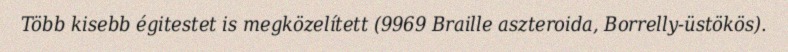
Több kisebb égitestet is megközelített (9969 Braille aszteroida, Borrelly-üstökös).